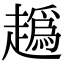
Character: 𧽶